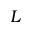
L